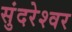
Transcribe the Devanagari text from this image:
सुंदरेश्‍वर